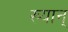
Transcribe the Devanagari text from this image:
ख्यान्